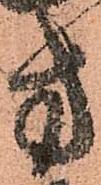
方